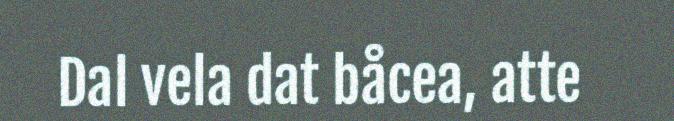
Dal vela dat båcea, atte